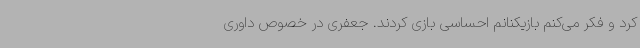
کرد و فکر می‌کنم بازیکنانم احساسی بازی کردند. جعفری در خصوص داوری